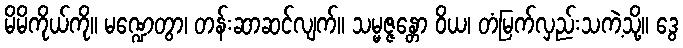
မိမိကိုယ်ကို။ မဏ္ဍေတွာ၊ တန်းဆာဆင်လျက်။ သမ္မဇ္ဇန္တော ဝိယ၊ တံမြက်လှည်းသကဲ့သို့။ ဒွေ